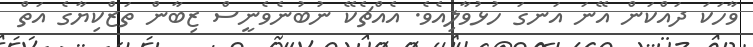
ވާހަކަ ދައްކަން އޭނަ އަނގަ ހުޅުވާލިއެވެ. އެއްޗެކޭ ނުބުނެވެނީސް ޒިބާން ތަޒްކިޔާގެ އަތް